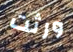
ورثت